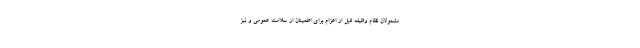
مشمولان نظام وظیفه قبل از اعزام برای اطمینان از سلامت عمومی و نیز